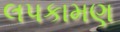
લપકામણ